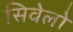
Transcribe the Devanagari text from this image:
सिवेलो